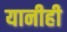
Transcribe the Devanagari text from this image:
यानीही